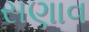
સણાવ